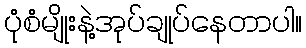
ပုံစံမျိုးနဲ့အုပ်ချုပ်နေတာပါ။